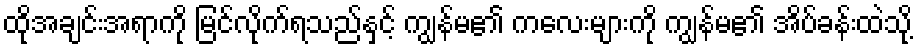
ထိုအချင်းအရာကို မြင်လိုက်ရသည်နှင့် ကျွန်မ၏ ကလေးများကို ကျွန်မ၏ အိပ်ခန်းထဲသို့